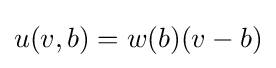
u(v,b)=w(b)(v-b)